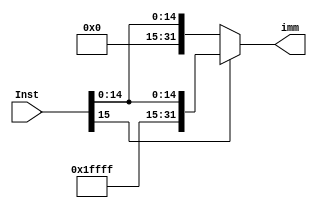
/**************************************************************************************************/
/**************************************************************************************************/
/*****************************		Author: Alyaa Mohamed 	***************************************/
/*****************************		Module: Sign Extend   	***************************************/
/**************************************************************************************************/
/**************************************************************************************************/

module SignExtend
(

	input 	wire 	[15:0] Inst		,
	output 	reg 	[31:0] imm 

);

	reg [15:0] a = 16'b0			;
	reg [15:0] b = 16'hffff			;

/***************************************************************************************************/
/***************************************************************************************************/

	always @(*)
		begin
			
			if (Inst[15]==1)
				
					imm= {b,Inst}	;
				
			else 
				
					imm= {a,Inst}	;
				
		
		end

endmodule